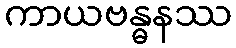
ကာယဗန္ဓနဿ